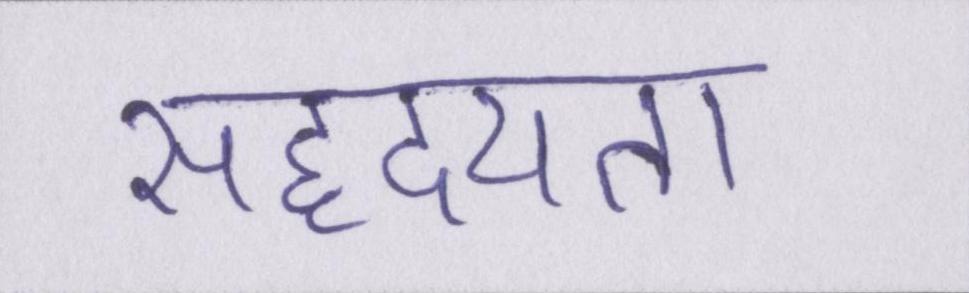
सहृदयता